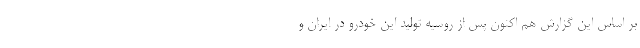
بر اساس این گزارش هم اکنون پس از روسیه تولید این خودرو در ایران و